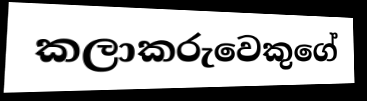
කලාකරුවෙකුගේ